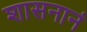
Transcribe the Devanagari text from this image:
शासनानं